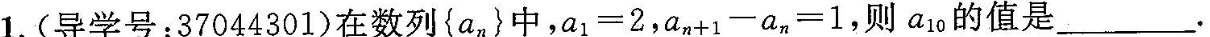
1. (导学号：37044301)在数列{a_{n}}中，$$a _ { 1 } = 2$$，$$a _ { n + 1 } - a _ { n + 1 } = 1$$，则a_{10}的值是___.